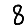
Digit: 8